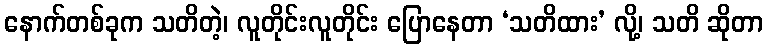
နောက်တစ်ခုက သတိတဲ့၊ လူတိုင်းလူတိုင်း ပြောနေတာ ‘သတိထား’ လို့၊ သတိ ဆိုတာ